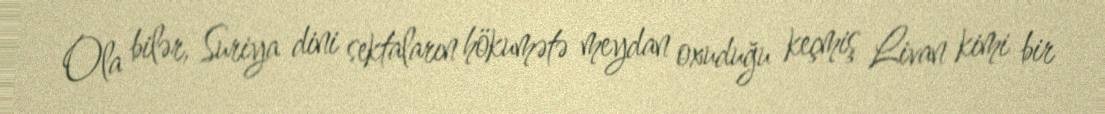
Ola bilər, Suriya dini sektaların hökumətə meydan oxuduğu keçmiş Livan kimi bir